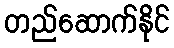
တည်ဆောက်နိုင်